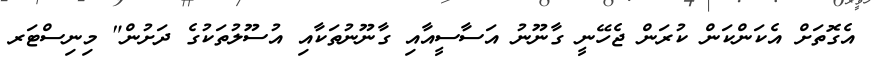
އެގޮތަށް އެކަންކަން ކުރަން ޖެހޭނީ ގާނޫނު އަސާސީއާއި ގާނޫނުތަކާއި އުސޫލުތަކުގެ ދަށުން" މިނިސްޓަރ